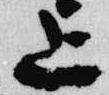
上